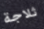
ثلاجة